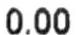
0.00